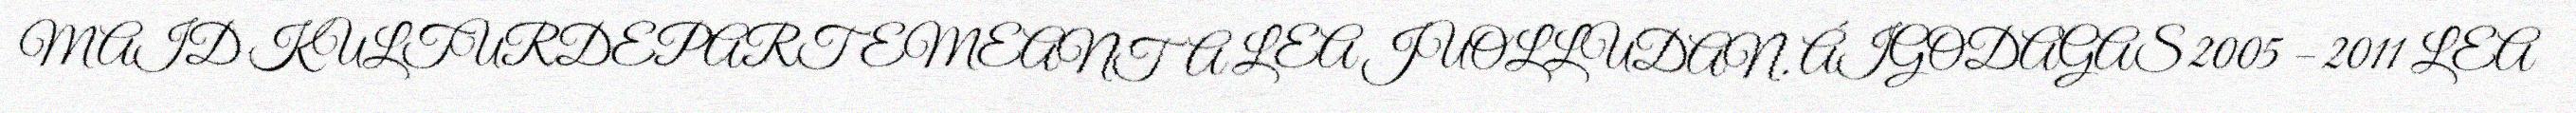
MAID KULTURDEPARTEMEANTA LEA JUOLLUDAN. ÁIGODAGAS 2005 – 2011 LEA